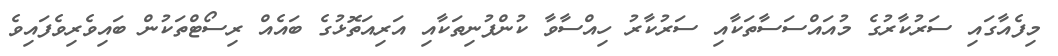
މިފެއާގައި ސަރުކާރުގެ މުއައްސަސާތަކާއި ސަރުކާރު ހިއްސާވާ ކުންފުނިތަކާއި އަރިއަތޮޅުގެ ބައެއް ރިސޯޓްތަކުން ބައިވެރިވެފައިވެ